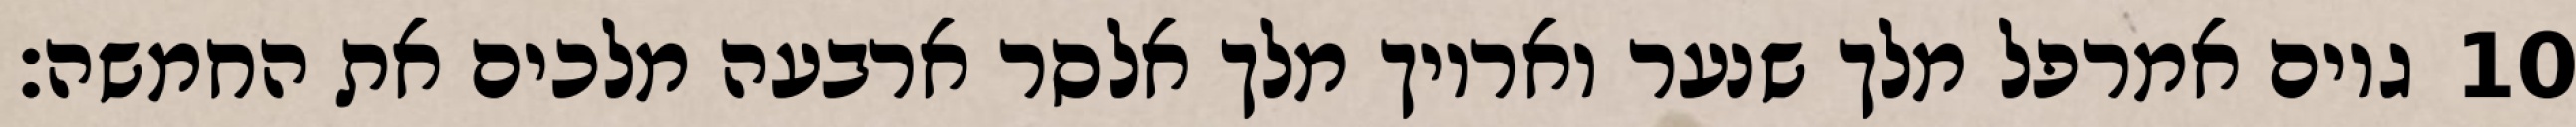
גוים אמרפל מלך שנער ואריוך מלך אלסר ארבעה מלכים את החמשה׃ ‎10‏